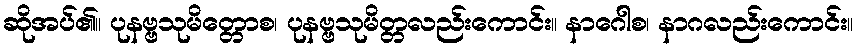
ဆိုအပ်၏။ ပုနဗ္ဗသုမိတ္တောစ၊ ပုနဗ္ဗသုမိတ္တလည်းကောင်း။ နာဂေါစ၊ နာဂလည်းကောင်း။